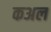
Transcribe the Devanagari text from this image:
कअल